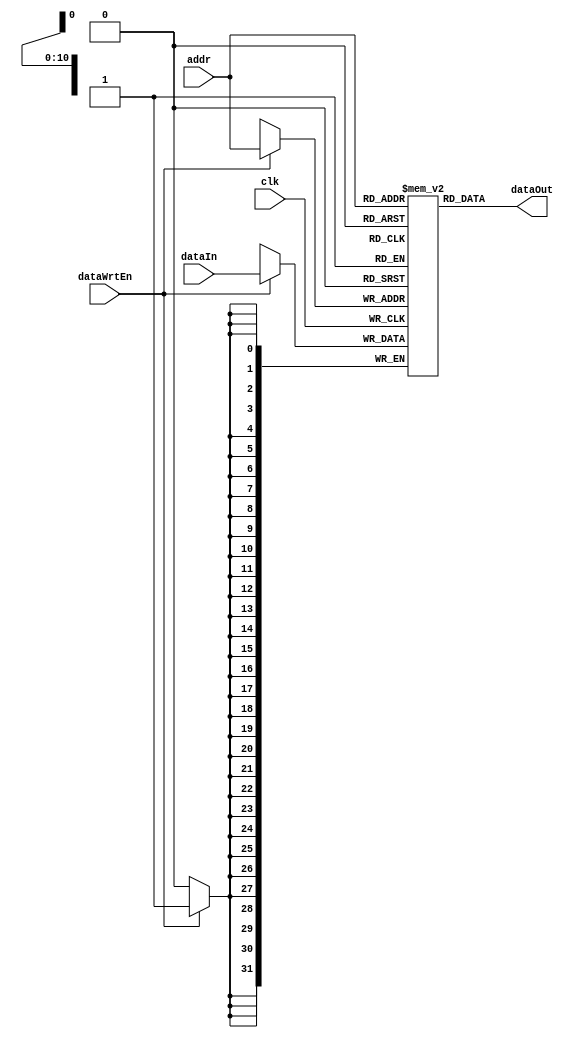
module DataMemory(clk, addr, dataWrtEn, dataIn, dataOut);
	parameter ADDR_BIT_WIDTH = 11;
	parameter DATA_BIT_WIDTH = 32;
	parameter N_WORDS = (1 << ADDR_BIT_WIDTH);
	
	input clk;
	input[ADDR_BIT_WIDTH - 1: 0] addr;
	input dataWrtEn;
	input[DATA_BIT_WIDTH - 1: 0] dataIn;
	output[DATA_BIT_WIDTH - 1: 0] dataOut;

	
	reg[DATA_BIT_WIDTH - 1: 0] data[0: N_WORDS - 1];
	
	always @ (posedge clk) begin
		if (dataWrtEn) 
			data[addr] <= dataIn;
	end
	
	assign dataOut = data[addr];
	
endmodule